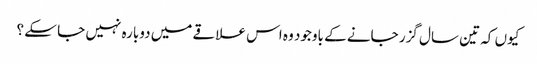
کیوں کہ تین سال گزر جانے کے باوجود وہ اس علاقے میں دوبارہ نہیں جا سکے ؟